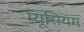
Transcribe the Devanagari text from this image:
म्यूसियम